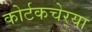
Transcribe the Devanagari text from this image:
कोर्टकचेर्‍या